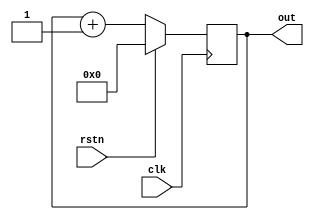
module counter(clk,rstn,out);

    input clk,rstn;
    output reg [3:0]out;

//We build up counter 4 bit in which the the number will count and adds value with 1 so its only work on Posedge for addition 
// before implementing the logic we use always block for positive edge in which clk produce positve edge if reset no held

    always @ (posedge clk)
    begin
        if (rstn == 1'b1)
        begin
            out = 4'b0000;
        end    
        else
        begin
            out = out + 1'b1;
        end        
    end

endmodule